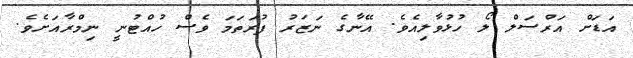
އަޑަށް އަރްސަލް ލޯ ހުޅުވާލިއެވެ. އޭނާގެ ނަޒަރު ފުރަތަމަ ވެސް ހުއްޓުނީ ނިމްރާއަށެވެ.